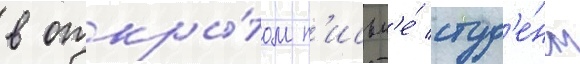
в откры́том п'исьм'е́ студ'е́нт